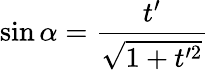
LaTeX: \sin\alpha=\frac{t^{\prime}}{\sqrt{1+t^{\prime 2}}}